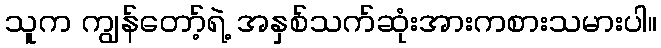
သူက ကျွန်တော့်ရဲ့ အနှစ်သက်ဆုံးအားကစားသမားပါ။